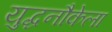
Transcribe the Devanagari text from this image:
युद्धनौकेला